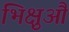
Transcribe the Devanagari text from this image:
भिक्षुऔं